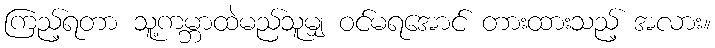
ကြည့်ရတာ သူ့ကမ္ဘာထဲမည်သူမျှ ဝင်မရအောင် တားထားသည့် အလား။